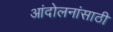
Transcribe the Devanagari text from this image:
आंदोलनांसाठी